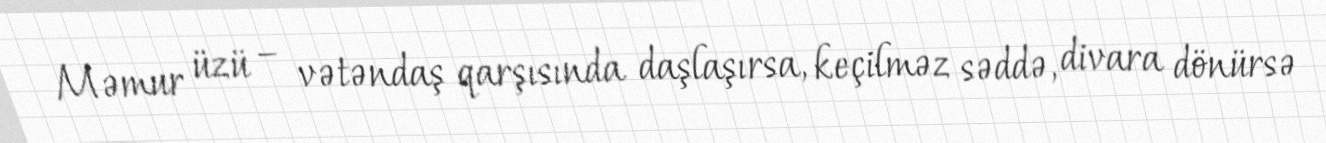
Məmur üzü – vətəndaş qarşısında daşlaşırsa, keçilməz səddə, divara dönürsə